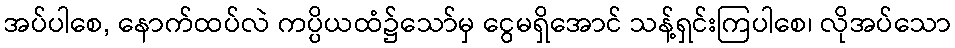
အပ်ပါစေ, နောက်ထပ်လဲ ကပ္ပိယထံ၌သော်မှ ငွေမရှိအောင် သန့်ရှင်းကြပါစေ၊ လိုအပ်သော